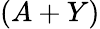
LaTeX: (A+Y)